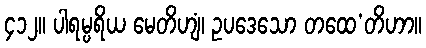
၄၁၂။ ပါရမ္ပရိယ မေတိဟျံ၊ ဥပဒေသော တထေ’တိဟာ။